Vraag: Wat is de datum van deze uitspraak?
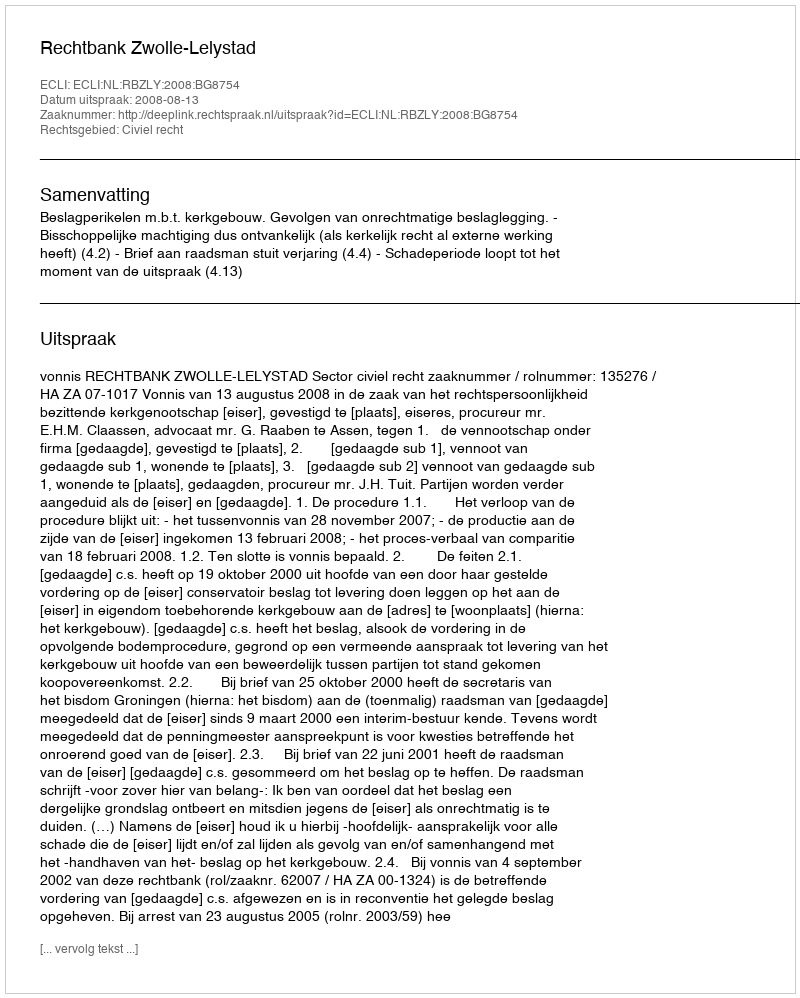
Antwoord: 2008-08-13